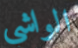
الواشي